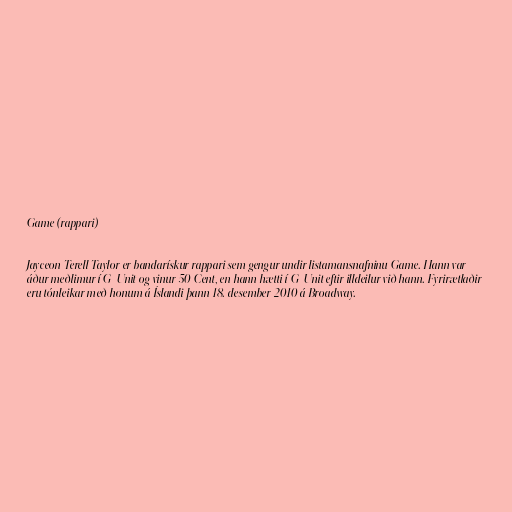
Game (rappari)

Jayceon Terell Taylor er bandarískur rappari sem gengur undir listamansnafninu Game. Hann var
áður meðlimur í G-Unit og vinur 50 Cent, en hann hætti í G-Unit eftir illdeilur við hann. Fyrirætlaðir
eru tónleikar með honum á Íslandi þann 18. desember 2010 á Broadway.